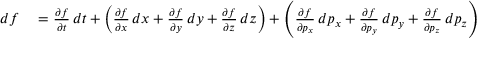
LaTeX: \begin{array} { r l } { d f } & { { } = { \frac { \partial f } { \partial t } } \, d t + \left( { \frac { \partial f } { \partial x } } \, d x + { \frac { \partial f } { \partial y } } \, d y + { \frac { \partial f } { \partial z } } \, d z \right) + \left( { \frac { \partial f } { \partial p _ { x } } } \, d p _ { x } + { \frac { \partial f } { \partial p _ { y } } } \, d p _ { y } + { \frac { \partial f } { \partial p _ { z } } } \, d p _ { z } \right) } \end{array}